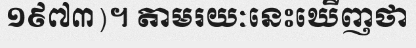
១៩៧៣)។ តាមរយៈនេះឃើញថា